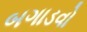
બગાડવો